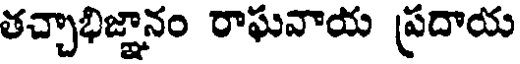
తచ్చాభిజ్ఞానం రాఘవాయ ప్రదాయ